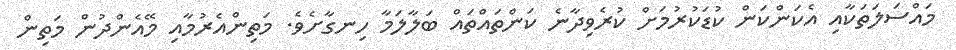
މައްސަލަތަކާއި އެކަންކަން ކުޑަކުރުމަށް ކުރެވިދާނެ ކަންތައްތައް ބަލާލަމާ ހިނގާށެވެ. މަތިންއެރުމާއި މޭއެންދުން މަތިން